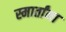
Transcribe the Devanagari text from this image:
स्मार्तांना